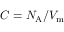
C = N _ { \mathrm { A } } / V _ { \mathrm { m } }